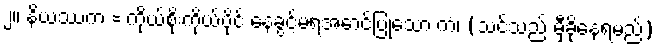
၂။ နိယဿကံ = ကိုယ်စိုးကိုယ်ပိုင် နေခွင့်မရအောင်ပြုသော ကံ၊ (သင်သည် မှီခိုနေရမည်)